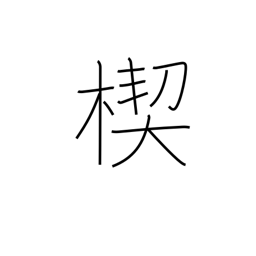
Meaning: wedge